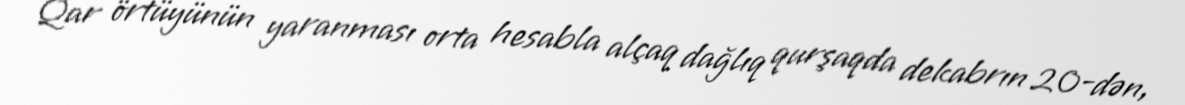
Qar örtüyünün yaranması orta hesabla alçaq dağlıq qurşaqda dekabrın 20-dən,